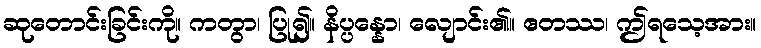
ဆုတောင်းခြင်းကို။ ကတွာ၊ ပြု၍။ နိပ္ပန္နော၊ လျောင်း၏။ ဧတဿ၊ ဤရသေ့အား။